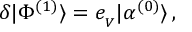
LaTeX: \delta | \Phi ^ { ( 1 ) } \rangle = e _ { _ V } | \alpha ^ { ( 0 ) } \rangle \, ,